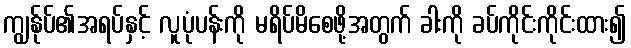
ကျွန်ုပ်၏အရပ်နှင့် လူပုံပန်းကို မရိပ်မိစေဖို့အတွက် ခါးကို ခပ်ကိုင်းကိုင်းထား၍